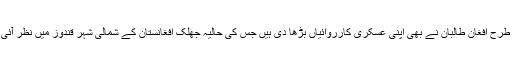
اسی طرح افغان طالبان نے بھی اپنی عسکری کارروائیاں بڑھا دی ہیں جس کی حالیہ جھلک افغانستان کے شمالی شہر قندوز میں نظر آئی ہے۔